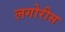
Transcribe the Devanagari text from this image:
लगोरीस